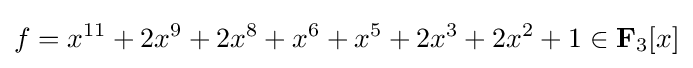
f=x^{11}+2x^{9}+2x^{8}+x^{6}+x^{5}+2x^{3}+2x^{2}+1\in \mathbf {F} _{3}[x]